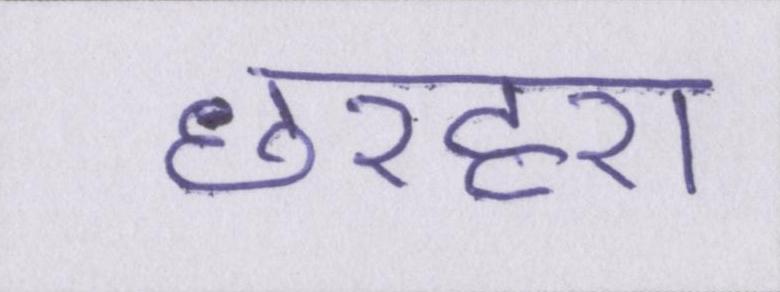
छरहरा